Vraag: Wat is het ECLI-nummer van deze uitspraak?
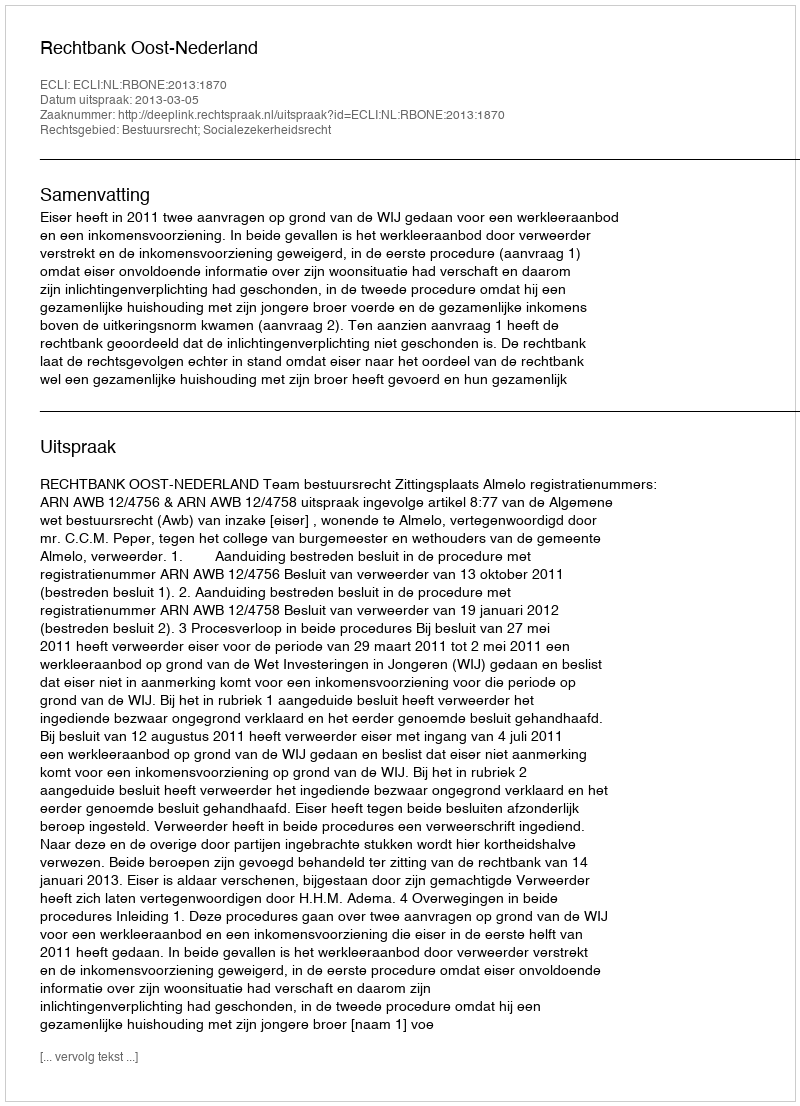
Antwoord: ECLI:NL:RBONE:2013:1870